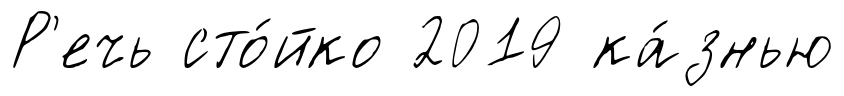
Р'ечь сто́йко 2019 ка́знью